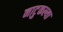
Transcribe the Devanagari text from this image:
नाटुकल्या